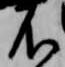
不